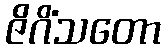
ဇိဂိံသတော